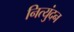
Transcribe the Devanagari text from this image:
नित्युंदन